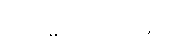
စီစဉ်ပေးခဲ့ပါတယ်။